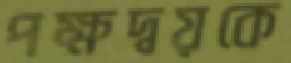
পক্ষদ্বয়কে